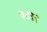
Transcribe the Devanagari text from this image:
३८९२